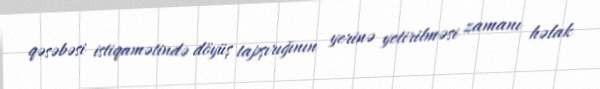
qəsəbəsi istiqamətində döyüş tapşırığının yerinə yetirilməsi zamanı həlak